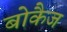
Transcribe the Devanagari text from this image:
बोकैज